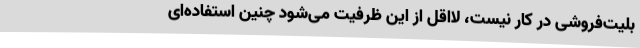
بلیت‌فروشی در کار نیست، لااقل از این ظرفیت می‌شود چنین استفاده‌ای